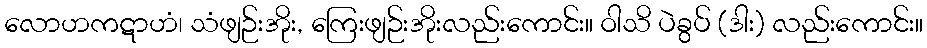
လောဟကဋာဟံ၊ သံဖျဉ်းအိုး, ကြေးဖျဉ်းအိုးလည်းကောင်း။ ဝါသိ ပဲခွပ် (ဒါး) လည်းကောင်း။